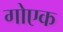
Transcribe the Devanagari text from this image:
गोएक